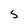
Character: S